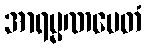
အာရမ္မဏမေတံ